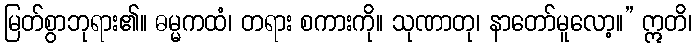
မြတ်စွာဘုရား၏။ ဓမ္မကထံ၊ တရား စကားကို။ သုဏာတု၊ နာတော်မူလော့။” ဣတိ၊